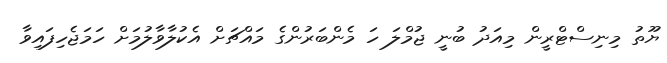
ޔޫތު މިނިސްޓްރީން މިއަދު ބުނީ ޖުމްލަ ހަ މެންބަރުންގެ މައްޗަށް އެކުލާވާލުމަށް ހަމަޖެހިފައިވާ